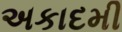
અકાદમી